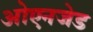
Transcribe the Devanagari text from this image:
ओएनजेड